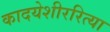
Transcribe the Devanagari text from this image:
कादयेशीररित्या